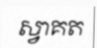
ស្វាគត